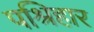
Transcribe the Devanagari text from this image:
पश्रिहार